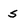
Character: s